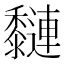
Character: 𪐍